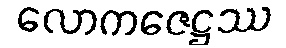
လောကဇေဋ္ဌဿ